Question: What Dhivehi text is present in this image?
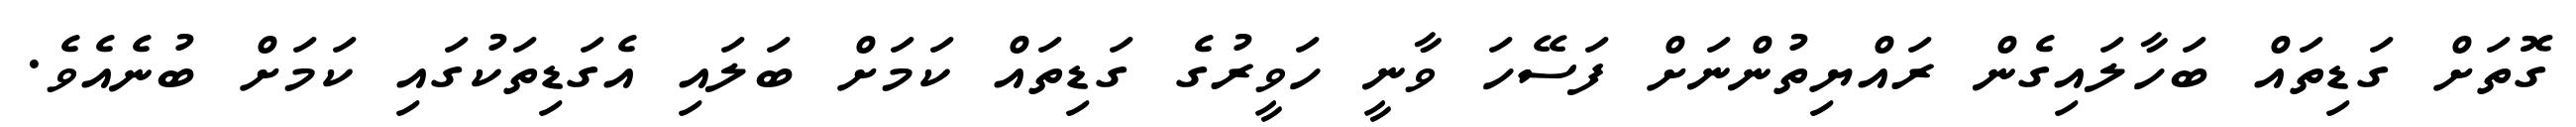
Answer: ގޮތަށް ގަޑިތައް ބަހާލައިގެން ރައްޔިތުންނަށް ފަސޭހަ ވާނީ ހަވީރުގެ ގަޑިތައް ކަމަށް ބަލައި އެގަޑިތަކުގައި ކަމަށް ބުނެއެވެ.